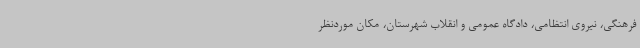
فرهنگی، نیروی انتظامی، دادگاه عمومی و انقلاب شهرستان، مکان موردنظر